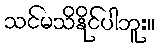
သင်မသိနိုင်ပါဘူး။